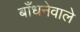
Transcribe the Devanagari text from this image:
बाँधनेवाले